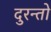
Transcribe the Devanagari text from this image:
दुरन्तो